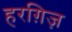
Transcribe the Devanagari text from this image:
हरग़िज़